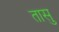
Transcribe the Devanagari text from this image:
तासु